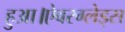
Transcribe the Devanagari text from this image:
हुआ।ऐवरग्लेड्स